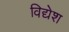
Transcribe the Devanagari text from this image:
विद्येश